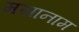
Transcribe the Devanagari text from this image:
मसानाम